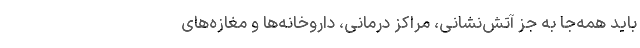
باید همه‌جا به جز آتش‌نشانی، مراکز درمانی، داروخانه‌ها و مغازه‌های